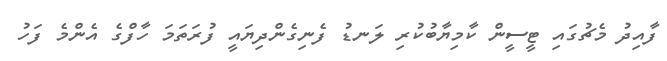
ފާއިިދު މެޗުގައި ޓީސީން ކާމިޔާބުކުރި ލަނޑު ފެނިގެންދިޔައީ ފުރަތަމަ ހާފްގެ އެންމެ ފަހު